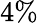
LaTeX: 4\%